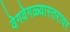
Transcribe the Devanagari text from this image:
वेगवेगळ्यास्तरावर